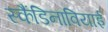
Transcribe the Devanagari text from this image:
स्कैंडिनावियाई